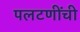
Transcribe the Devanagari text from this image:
पलटणींची